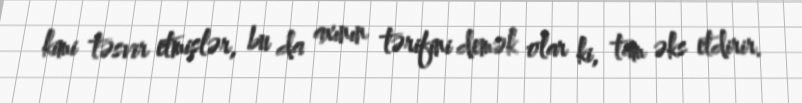
kimi təsvir etmişlər, bu da axının tərifini demək olar ki, tam əks etdirir.